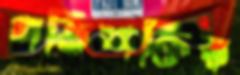
গতিশক্তির